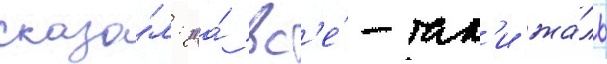
сказа́л: "а́ вс'е́-так'и жа́ль